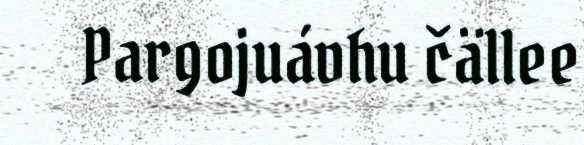
Pargojuávhu čällee